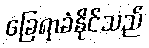
ခြေရာခံနိုင်သည်